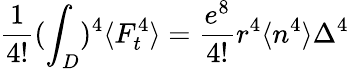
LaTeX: \frac{1}{4!}(\int_{D})^{4}\langle F_{t}^{4}\rangle=\frac{e^{8}}{4!}r^{4}\langle n^{4}\rangle\Delta^{4}